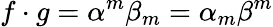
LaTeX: f\cdot g=\alpha^{m}\beta_{m}=\alpha_{m}\beta^{m}